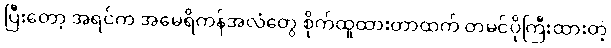
ပြီးတော့ အရင်က အမေရိကန်အလံတွေ စိုက်ထူထားတာထက် တမင်ပိုကြီးထားတဲ့